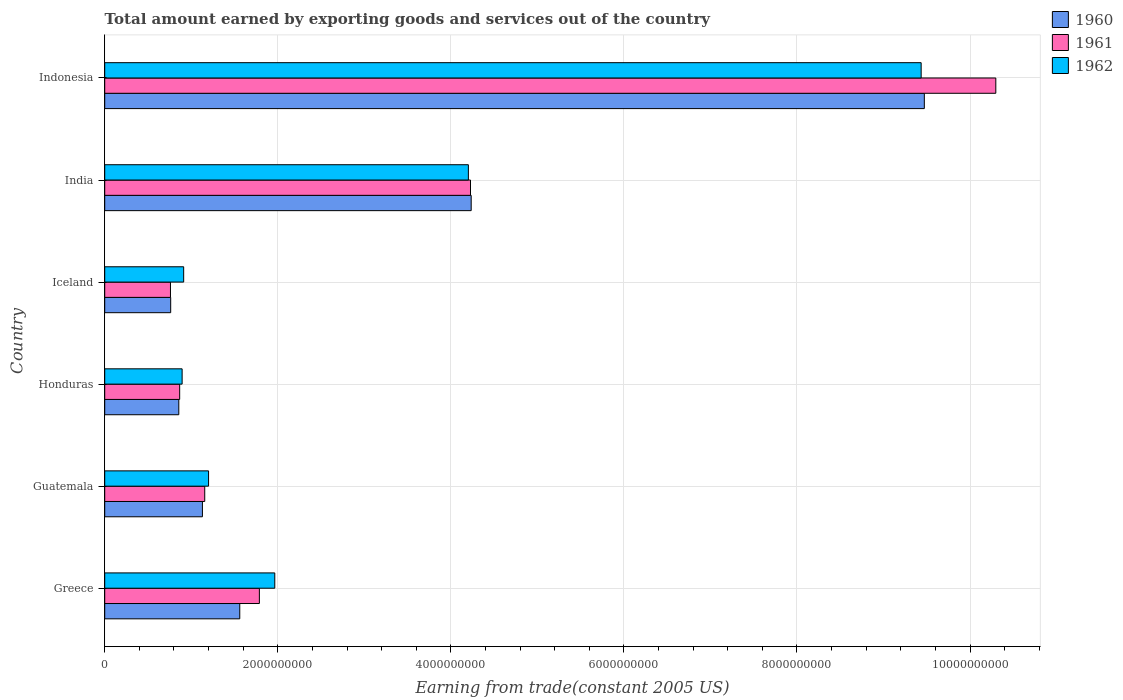
| Country | 1960 | 1961 | 1962 |
 | --- | --- | --- | --- |
 | Greece | 1.56e+09 | 1.79e+09 | 1.97e+09 |
 | Guatemala | 1.13e+09 | 1.16e+09 | 1.2e+09 |
 | Honduras | 8.56e+08 | 8.66e+08 | 8.95e+08 |
 | Iceland | 7.62e+08 | 7.6e+08 | 9.12e+08 |
 | India | 4.24e+09 | 4.23e+09 | 4.2e+09 |
 | Indonesia | 9.47e+09 | 1.03e+10 | 9.44e+09 |